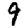
Digit: 9